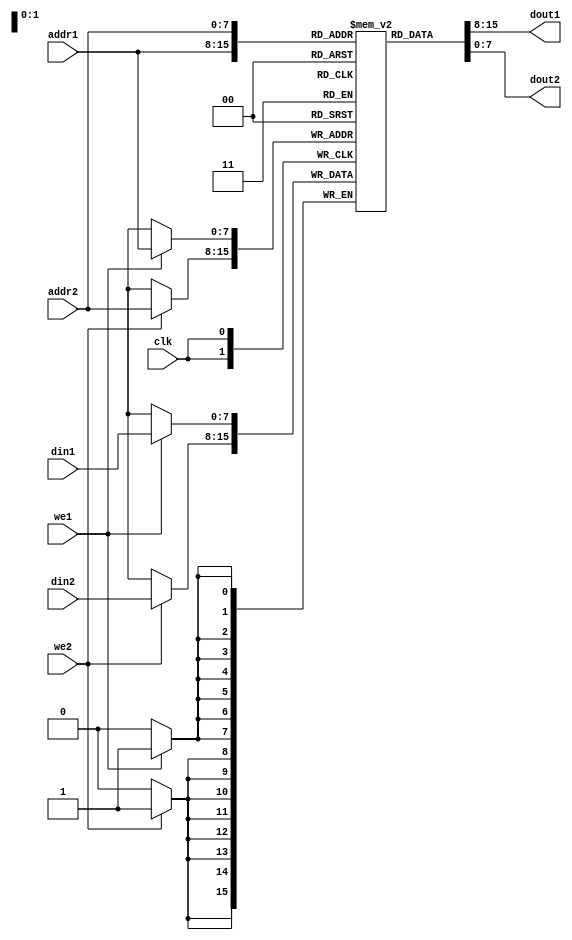
module dual_port_ram (
    input wire clk,
    input wire [7:0] addr1,
    input wire [7:0] addr2,
    input wire [7:0] din1,
    input wire [7:0] din2,
    input wire we1,
    input wire we2,
    output reg [7:0] dout1,
    output reg [7:0] dout2
);

reg [7:0] memory [0:255];

always @(posedge clk) begin
    if (we1) begin
        memory[addr1] <= din1;
    end
    if (we2) begin
        memory[addr2] <= din2;
    end
end

assign dout1 = memory[addr1];
assign dout2 = memory[addr2];

endmodule